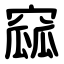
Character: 窳